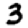
Digit: 3